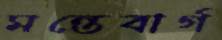
মন্তেবার্গ